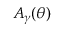
A _ { \boldsymbol { { \gamma } } } ( \boldsymbol { \theta } )